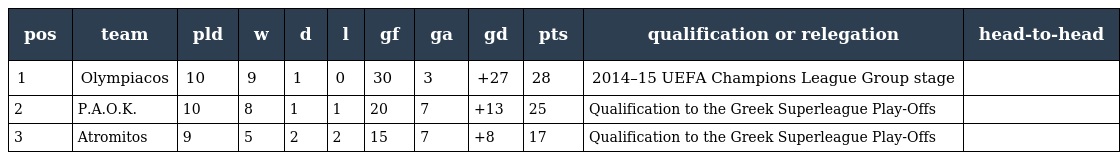
| pos | team | pld | w | d | l | gf | ga | gd | pts | qualification or relegation | head-to-head |
 | --- | --- | --- | --- | --- | --- | --- | --- | --- | --- | --- | --- |
 | 1 | Olympiacos | 10 | 9 | 1 | 0 | 30 | 3 | +27 | 28 | 2014–15 UEFA Champions League Group stage |  |
 | 2 | P.A.O.K. | 10 | 8 | 1 | 1 | 20 | 7 | +13 | 25 | Qualification to the Greek Superleague Play-Offs |  |
 | 3 | Atromitos | 9 | 5 | 2 | 2 | 15 | 7 | +8 | 17 | Qualification to the Greek Superleague Play-Offs |  |